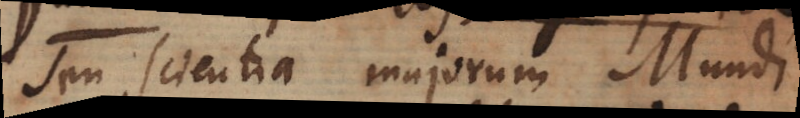
seu Scientia majorum Mundi